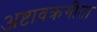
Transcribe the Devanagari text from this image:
अष्टावक्रगीता